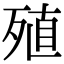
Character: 殖